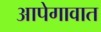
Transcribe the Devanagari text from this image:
आपेगावात